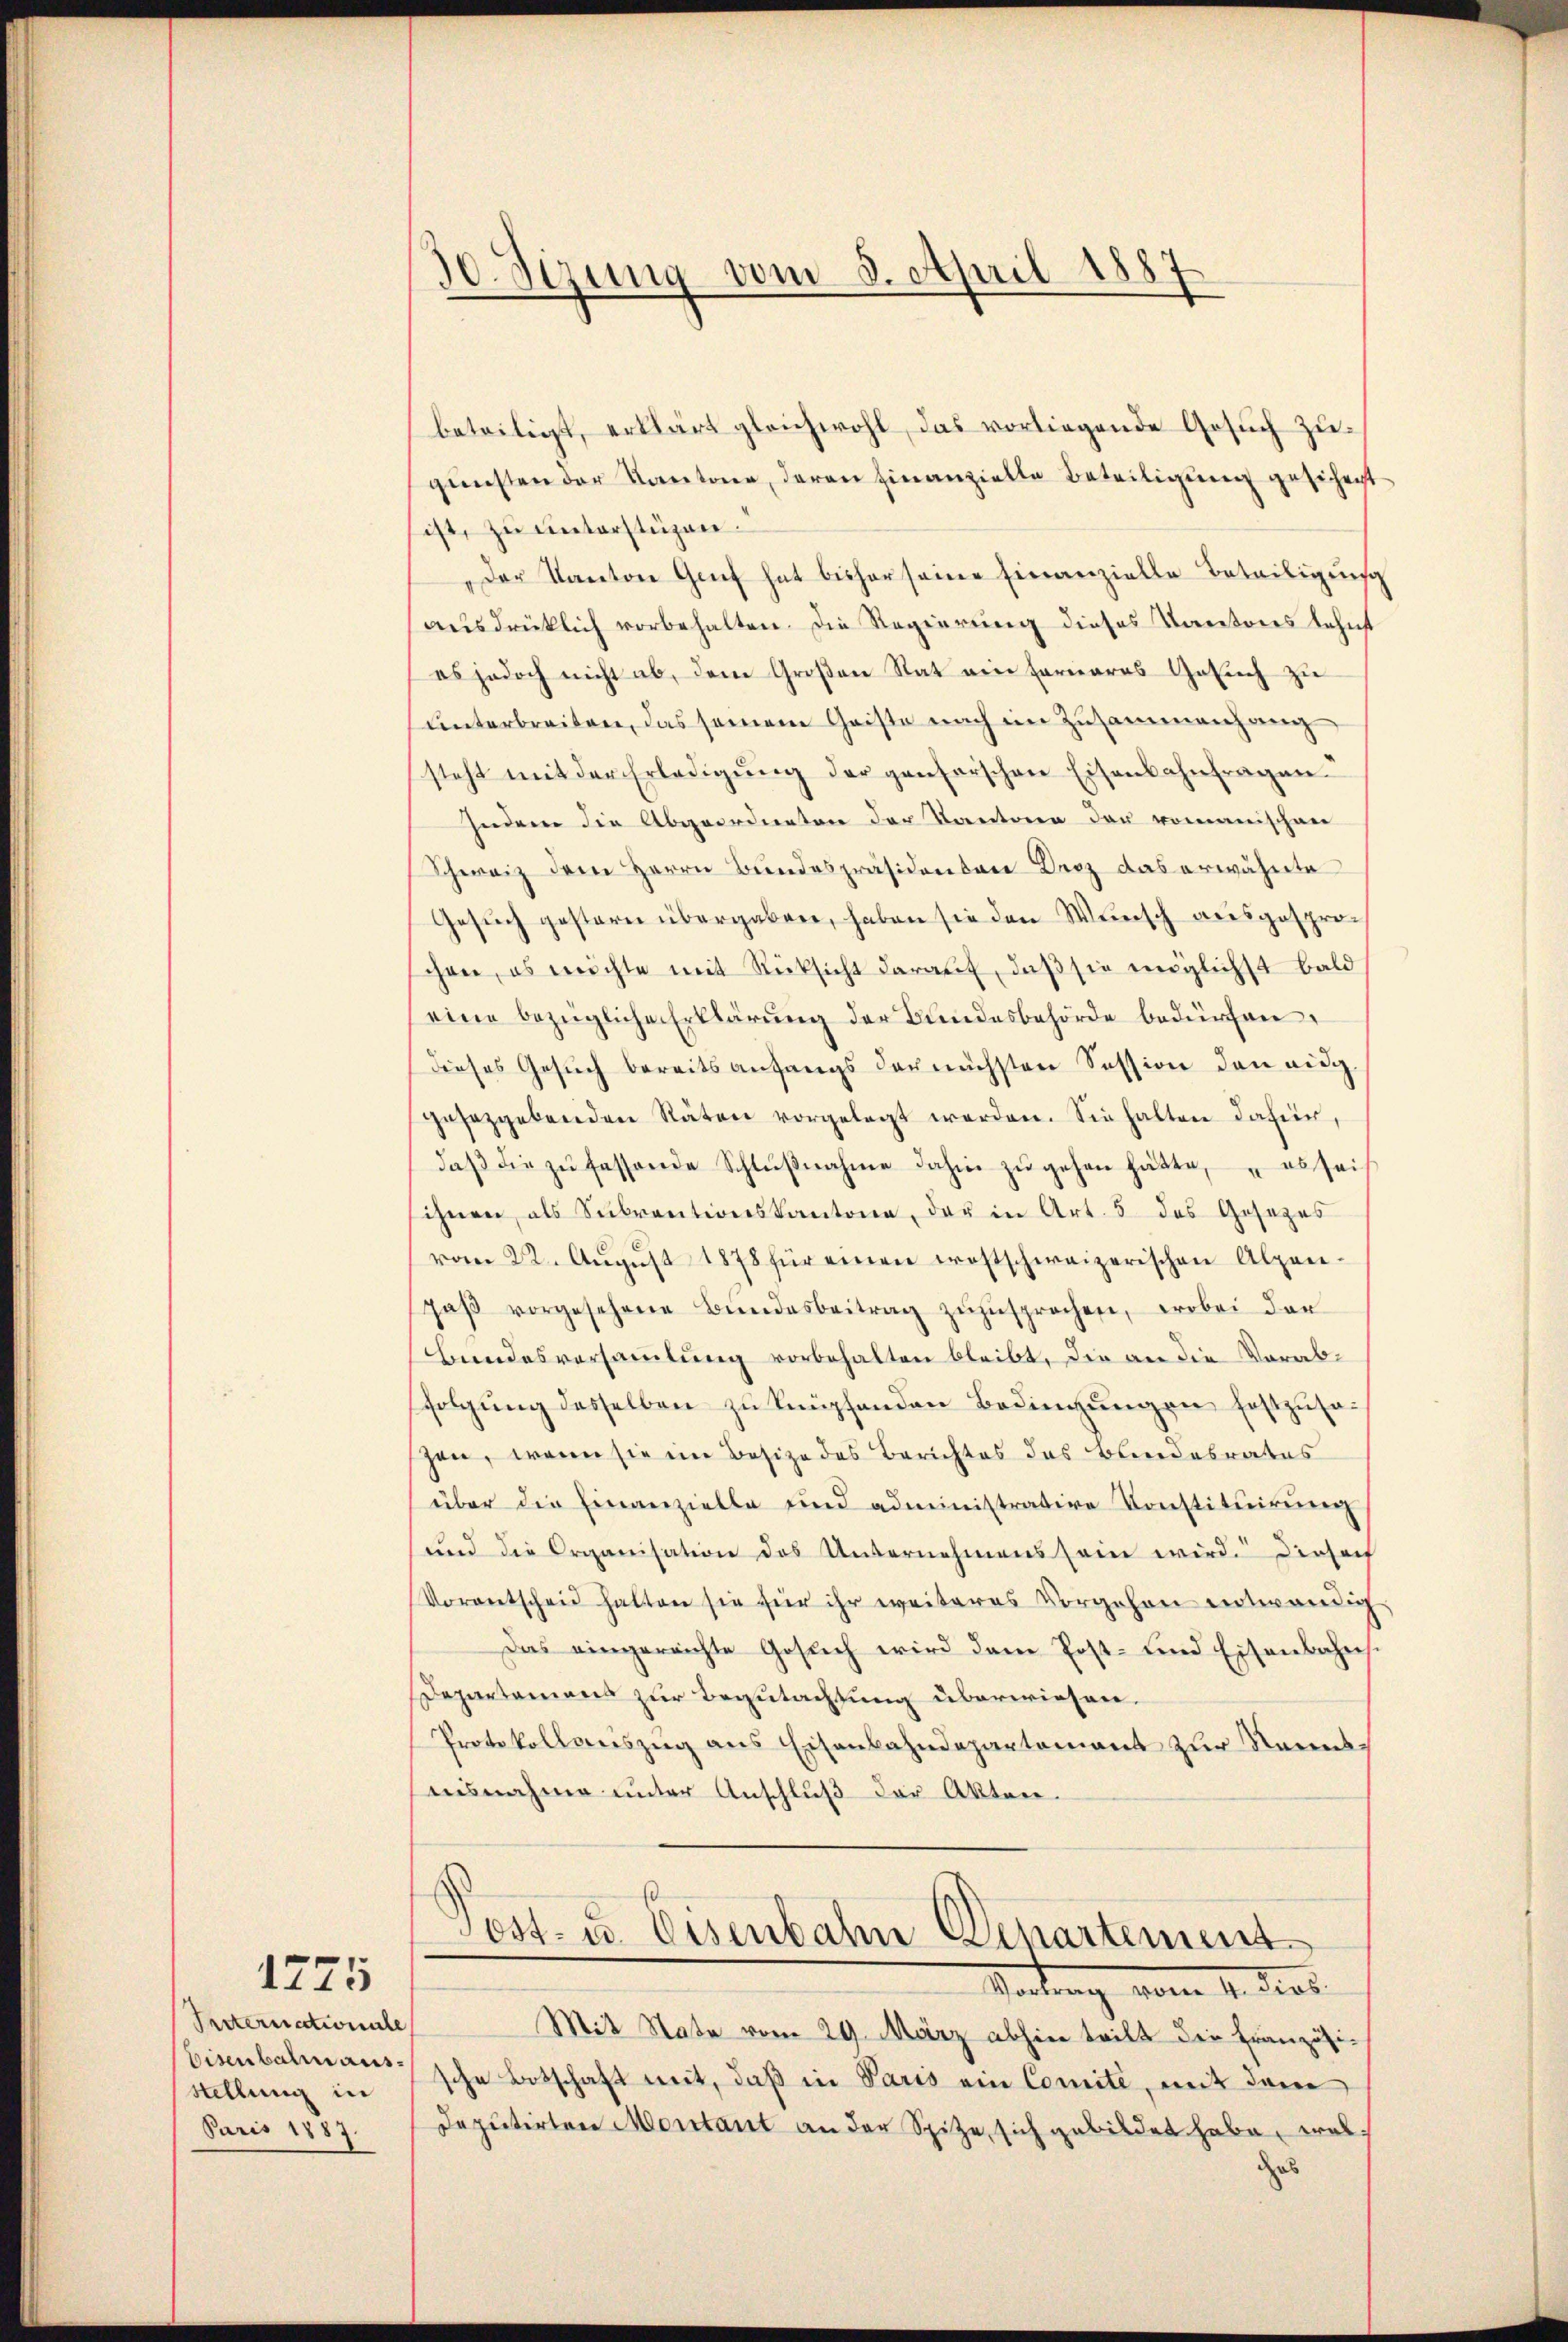
Pacternationate
Eisenbahr ausstellung in
Juris 1887.

1275

30. Sizung vom 3. April 1887

beteiligt, erklärt gleichwohl, das vorliegende Gesŭch zugunsten der Kantone, deren hinanzielle Beteiligung gesichert
ist, zu unterstüzen.
Der Kanton Genf hat bisher seine Einanzielle Beteiligung
aŭsdrücklich vorbehalten. Die Regierung dieses Kartoires lehnst
es jedoch nicht ab, dem Großen Rat ein Fornaras Gesich zu
ŭnterbreiten, das seinem Geiste nach im Zusammenhang
steht mit der Erledigŭng der genserschen Eisenbahnfragen.
Indem die Abgeordneten der Kantonen der romanischen
Schweiz dem Herrn Bundespräsidenbare Kroz das erwähnte
Gesuch gestern übergaben, haben sie den Wunsch ausgesprochen, es möchte mit Rücksicht darauf, daß sie möglichst bald
eine bezügliche Erklärung der Bundesbehörde bedürfen,
dieses Gesuch bereits anfangs der nächsten Session den eig
gesetzgebenden Räten vorgelegt werden. Sie halten dafür,
daβ die zŭ fassende Schlŭβnahme dahin zŭ gehen hätte, es sei
ihnen, als Subventionskantone, der in Art. 5 des Gesezes
vom 22. Aŭgŭst 1878 für einen erostschweizerischen Alpen-
Jaβ vorgesehene Bundesbeitrag zŭzŭsprochen, wobei der
Bundesversammlung vorbehalten bleibt, die an die Vorabfolgung desselben zu knüpfenden Bedingungen festzuseschen, wenn sie im Besize des Berichtes des Bundesrates
über die Einanzielle und administrative Konstitŭirŭng
und die Organisation des Unternehmens sein wird. Diesach
Vorantscheid halten sie für ihr weiteres Vorgehen entwendig
Das eingereichte Gesuch wird dem Post- und Eisenbahns.
Departemens zur Begutachtung überwiesen.
Protokollauszug aus Eisenbahndepartement zur Reinsaisnahme unter Anschluß der Akten.
Post- u. Eisenbahn Departement
Wartung vom 4. ders.
Mit State vom 29. März abhin teilt die Französi-
sche Botschaft mit, daß in Paris ein Comite, mit dem
Deputirten Moritant an der Spitze, sich gebildet habe, wel
das